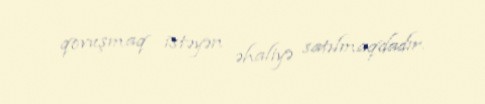
qovuşmaq istəyən əhaliyə satılmaqdadır.